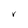
Character: V